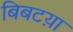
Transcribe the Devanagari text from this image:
बिबटय़ा